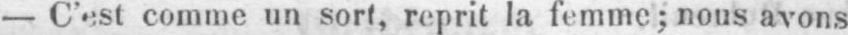
- C’est comme un sort, reprit la femme; nous avons